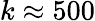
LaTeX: k\approx 500